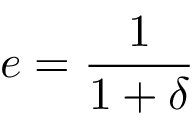
e = { \frac { 1 } { 1 + \delta } }